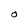
Character: 0